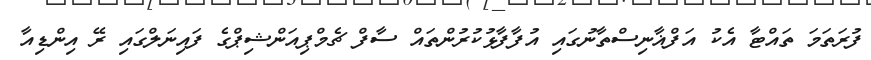
ފުރަތަމަ ތައްޓާ އެކު އަފްޣާނިސްތާނުގައި އުފާފާޅުކުރުންތައް ސާފް ޗެމްޕިއަންޝިޕްގެ ފައިނަލްގައި ރޭ އިންޑިއާ